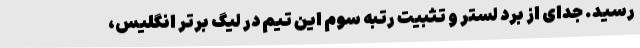
رسید. جدای از برد لستر و تثبیت رتبه سوم این تیم در لیگ برتر انگلیس،